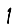
Digit: 1